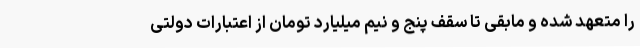
را متعهد شده و مابقی تا سقف پنج و نیم میلیارد تومان از اعتبارات دولتی